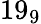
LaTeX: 19_{9}